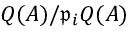
Q ( A ) / { \mathfrak { p } } _ { i } Q ( A )